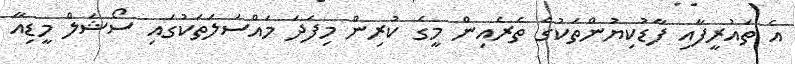
އެ ތައުރީފާއި ފާޑުކިޔުންތަކުގެ ތެރެއިން މީގެ ކުރިން މިފަދަ މައްސަލަތަކުގައި ސޯޝަލް މީޑިއާ